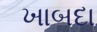
ખાબદા